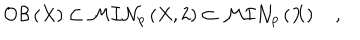
{ \cal O B } \left( X \right) \subset { \cal M I N } _ { p } \left( X , 2 \right) \subset { \cal M I N } _ { p } \left( X \right) \quad ,